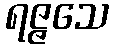
ရဇ္ဇသေ